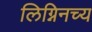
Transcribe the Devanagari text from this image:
लिग्निनच्य